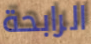
الرابحة